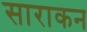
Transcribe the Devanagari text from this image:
साराकन